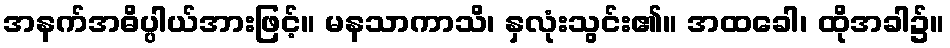
အနက်အဓိပ္ပါယ်အားဖြင့်။ မနသာကာသိ၊ နှလုံးသွင်း၏။ အထခေါ၊ ထိုအခါ၌။